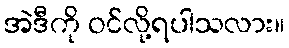
အဲဒီကို ဝင်လို့ရပါသလား။